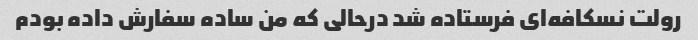
رولت نسکافه‌ای فرستاده شد درحالی که من ساده سفارش داده بودم